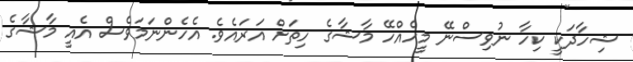
ޝިހާދަކީ ކިހާ ނުވިސްނޭ މީހެއްހޭ މާޝާގެ ހިތަށް އަރައެވެ. އެހެންނަމަވެސް އެއީ މާޝާގެ